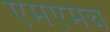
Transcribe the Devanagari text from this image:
एमएमच